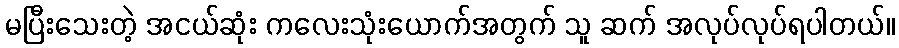
မပြီးသေးတဲ့ အငယ်ဆုံး ကလေးသုံးယောက်အတွက် သူ ဆက် အလုပ်လုပ်ရပါတယ်။